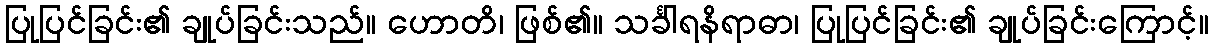
ပြုပြင်ခြင်း၏ ချုပ်ခြင်းသည်။ ဟောတိ၊ ဖြစ်၏။ သင်္ခါရနိရာဓာ၊ ပြုပြင်ခြင်း၏ ချုပ်ခြင်းကြောင့်။